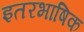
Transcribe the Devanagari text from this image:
इतरभाषिक